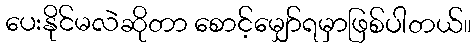
ပေးနိုင်မလဲဆိုတာ စောင့်မျှော်ရမှာဖြစ်ပါတယ်။